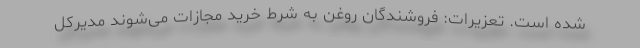
شده است. تعزیرات: فروشندگانِ روغن به شرط خرید مجازات می‌شوند مدیرکل